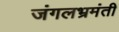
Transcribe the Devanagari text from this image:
जंगलभ्रमंती